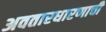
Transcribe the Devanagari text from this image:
अवतारधारणाची